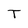
Character: T